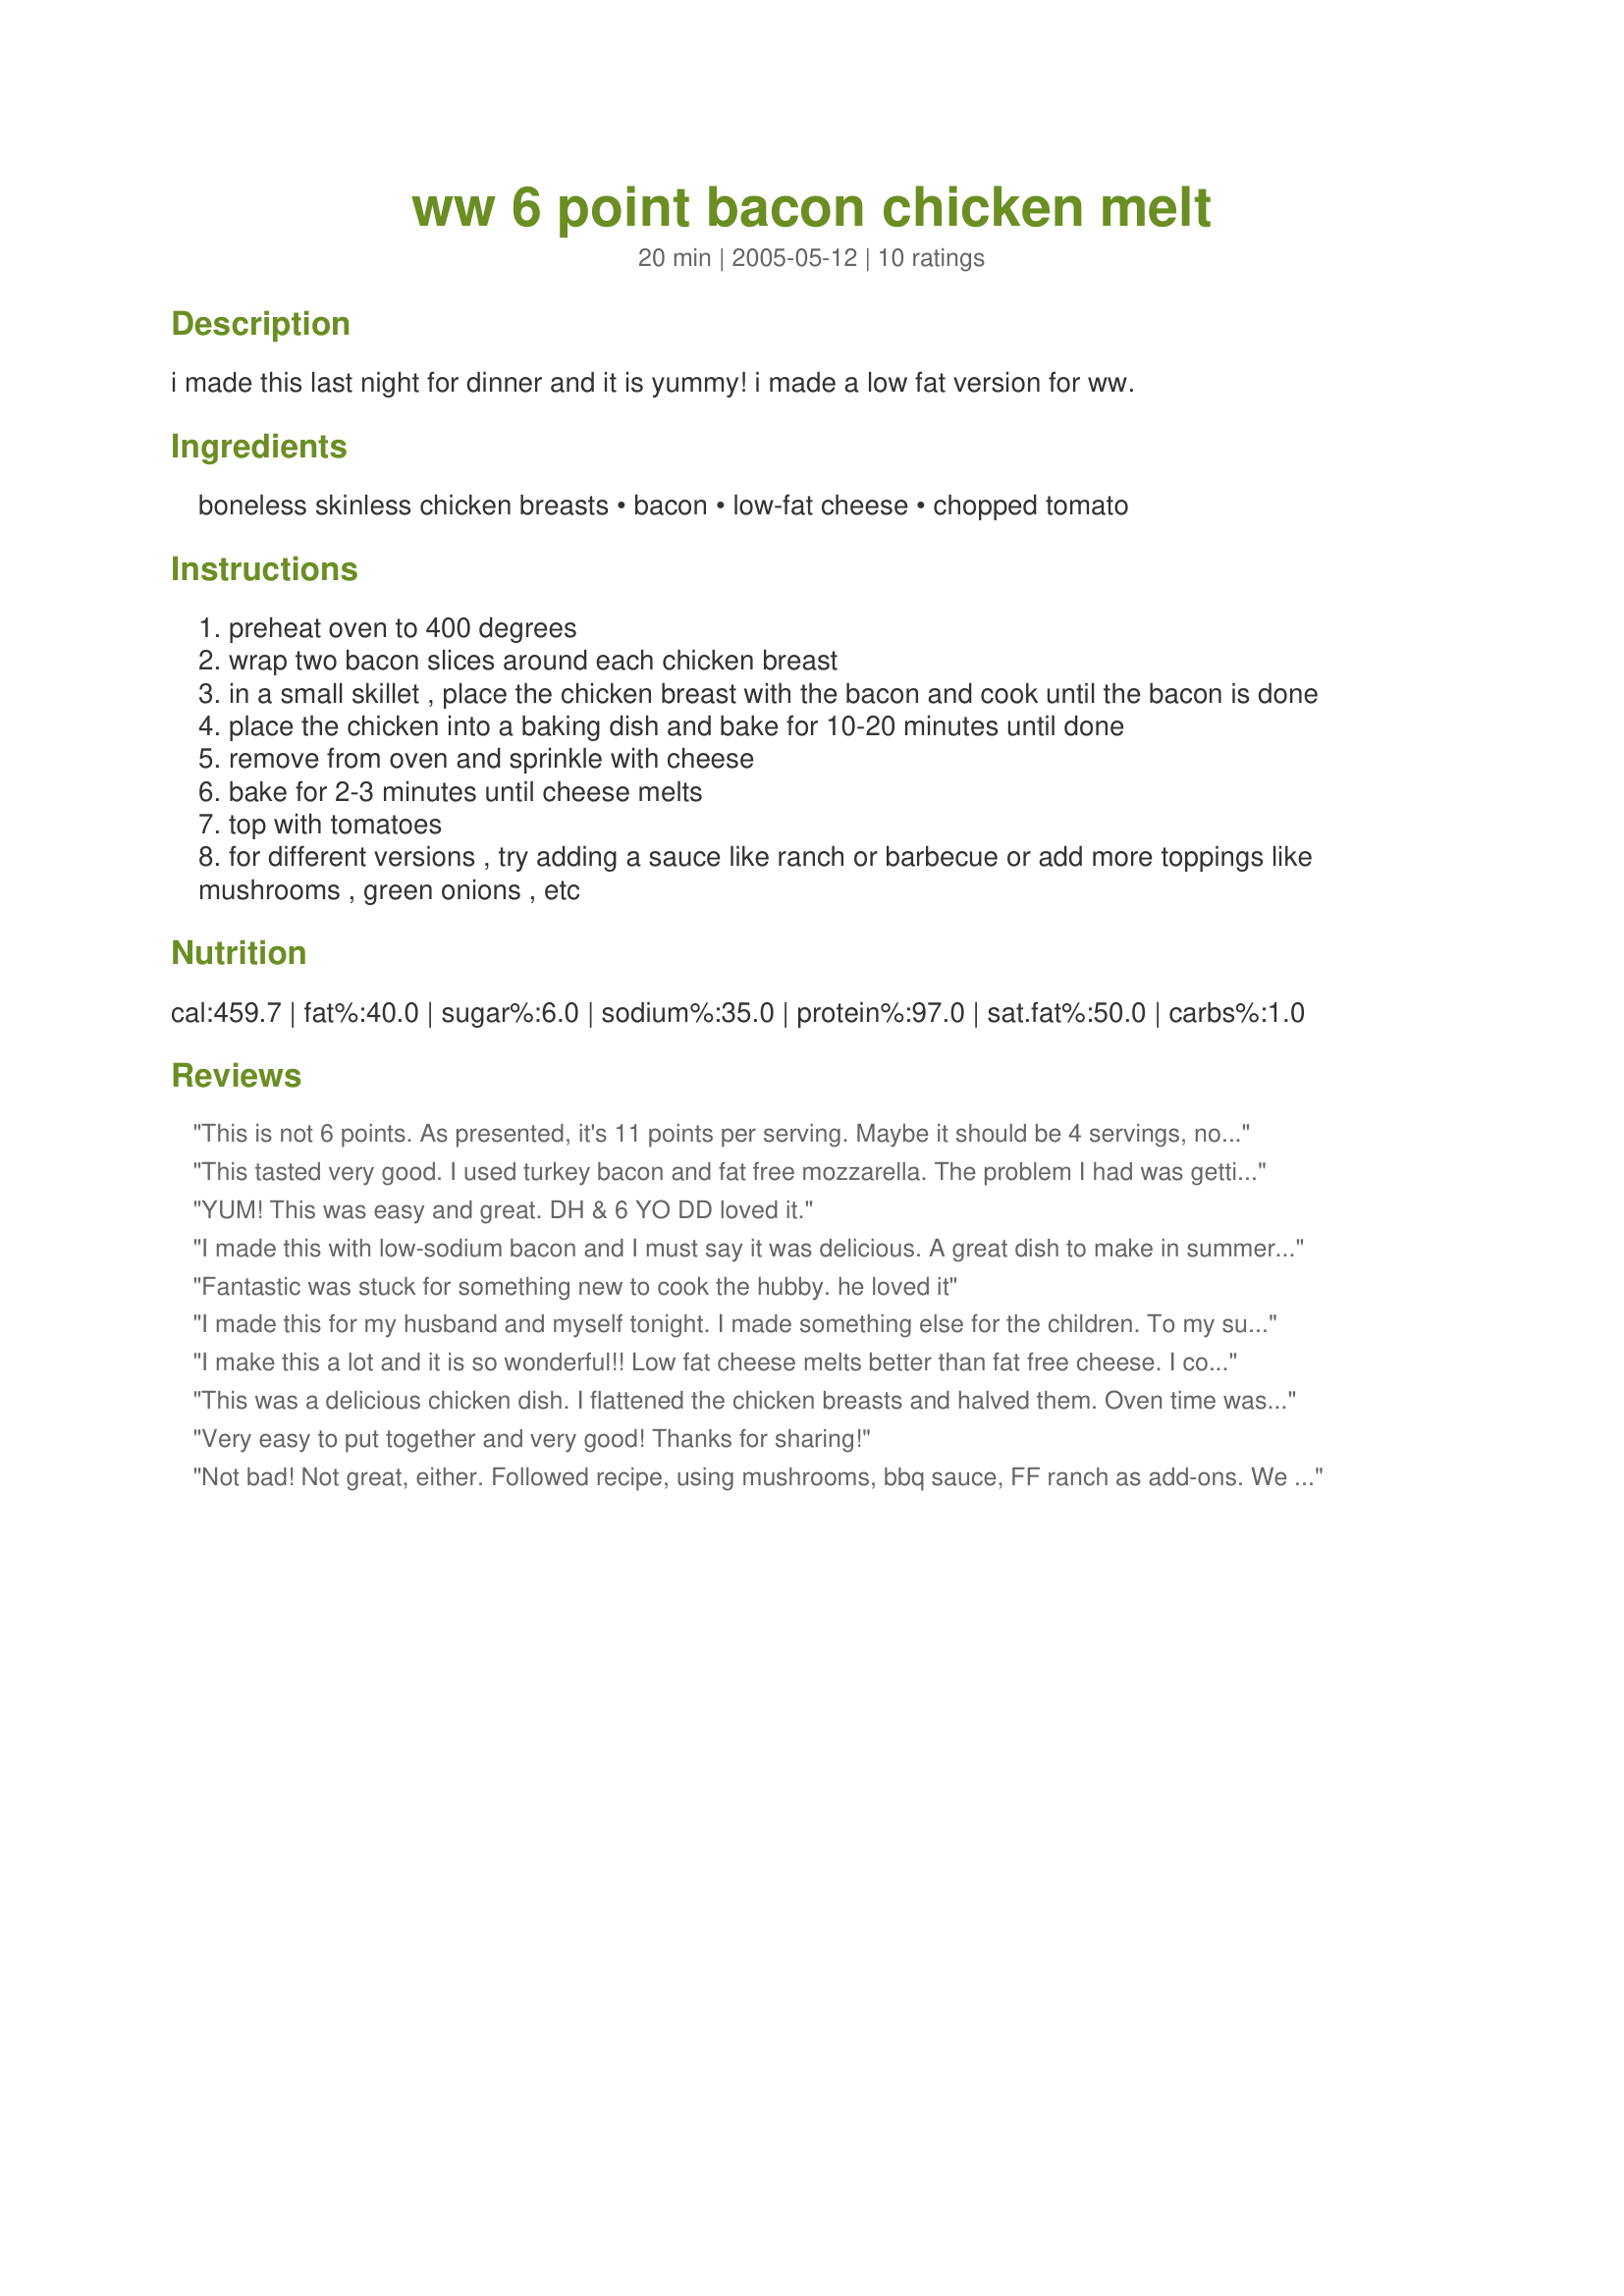
ww 6 point bacon chicken melt
Preparation time: 20 minutes

i made this last night for dinner and it is yummy! i made a low fat version for ww.

Ingredients:
boneless skinless chicken breasts, bacon, low-fat cheese, chopped tomato

Steps:
preheat oven to 400 degrees
wrap two bacon slices around each chicken breast
in a small skillet , place the chicken breast with the bacon and cook until the bacon is done
place the chicken into a baking dish and bake for 10-20 minutes until done
remove from oven and sprinkle with cheese
bake for 2-3 minutes until cheese melts
top with tomatoes
for different versions , try adding a sauce like ranch or barbecue or add more toppings like mushrooms , green onions , etc

Reviews:
This is not 6 points. As presented, it's 11 points per serving. Maybe it should be 4 servings, not 2?
This tasted very good. I used turkey bacon and fat free mozzarella. The problem I had was getting the bacon to stay on my chicken. If I made it again I would use toothpicks or something. A nice tasty dish!
YUM! This was easy and great. DH & 6 YO DD loved it.
I made this with low-sodium bacon and I must say it was delicious. A great dish to make in summer when the tomatoes from the farmer's market are so delicious.
Fantastic was stuck for something new to cook the hubby. he loved it
I made this for my husband and myself tonight. I made something else for the children. To my surprise, my 3 and 4-year-olds wouldn't stop eating mine after they sampled it. Next time, I will make them some, too. My husband omitted the tomatoes, but added finely chopped green onions. A very delicious and fast dinner. Thanks.
I make this a lot and it is so wonderful!! Low fat cheese melts better than fat free cheese. I cook the bacon first and then put it on the chicken when it is almost done.
This was a delicious chicken dish. I flattened the chicken breasts and halved them. Oven time was 10 minutes and the chicken was moist with the wonderful bacon and cheese flavor. I served this with a garlic and parsley spaghetti.
Very easy to put together and very good! Thanks for sharing!
Not bad! Not great, either. Followed recipe, using mushrooms, bbq sauce, FF ranch as add-ons. We had to cook a little longer. We enjoyed it last night, but probably won't make it again.
